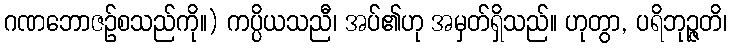
ဂဏဘောဇဉ်စသည်ကို။) ကပ္ပိယသညီ၊ အပ်၏ဟု အမှတ်ရှိသည်။ ဟုတွာ, ပရိဘုဉ္ဇတိ၊